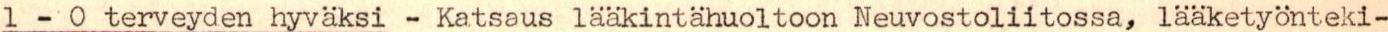
1 - O terveyden hyväksi - Katsaus lääkintähuoltoon Neuvostoliitossa, lääketyönteki-